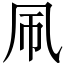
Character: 𫥞